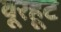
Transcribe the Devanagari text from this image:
वूरहूट